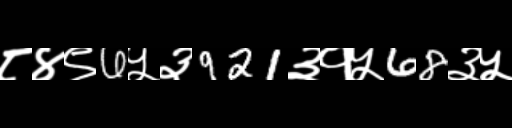
Text: ८४९6५३921३१५68३५